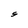
Character: S